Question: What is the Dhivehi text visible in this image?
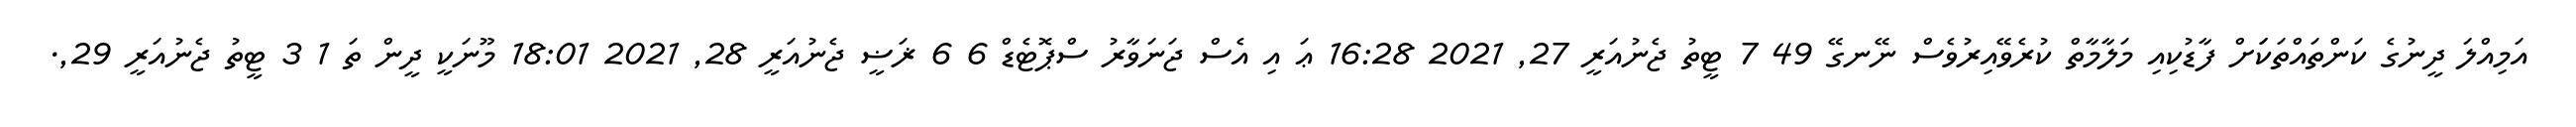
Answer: އަމިއްލަ ދީނުގެ ކަންތައްތަކަަށް ފާޑުކިއި މަލާމާތް ކުރެވޭއިރުވެސް ނޭނގޭ 49 7 ޓީތު ޖެނުއަރީ 27, 2021 16:28 ޢަ އި އެސް ޖަނަވާރު ސްޕޮޓެޑް 6 6 ޜަޟީ ޖެނުއަރީ 28, 2021 18:01 މޫނަކީ ދީން ތަ 1 3 ޓީތު ޖެނުއަރީ 29,.